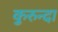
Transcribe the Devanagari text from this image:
कुरुन्दा